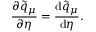
\frac { \partial \tilde { q } _ { \mu } } { \partial \eta } = \frac { \mathrm { d } \tilde { q } _ { \mu } } { \mathrm { d } \eta } .